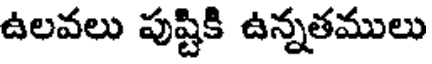
ఉలవలు పుష్టికి ఉన్నతములు